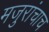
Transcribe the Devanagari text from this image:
मजुरांचाच